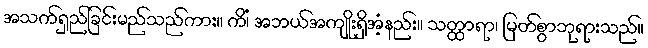
အသက်ရှည်ခြင်းမည်သည်ကား။ ကိံ၊ အဘယ်အကျိုးရှိအံ့နည်း။ သတ္ထာရာ၊ မြတ်စွာဘုရားသည်။